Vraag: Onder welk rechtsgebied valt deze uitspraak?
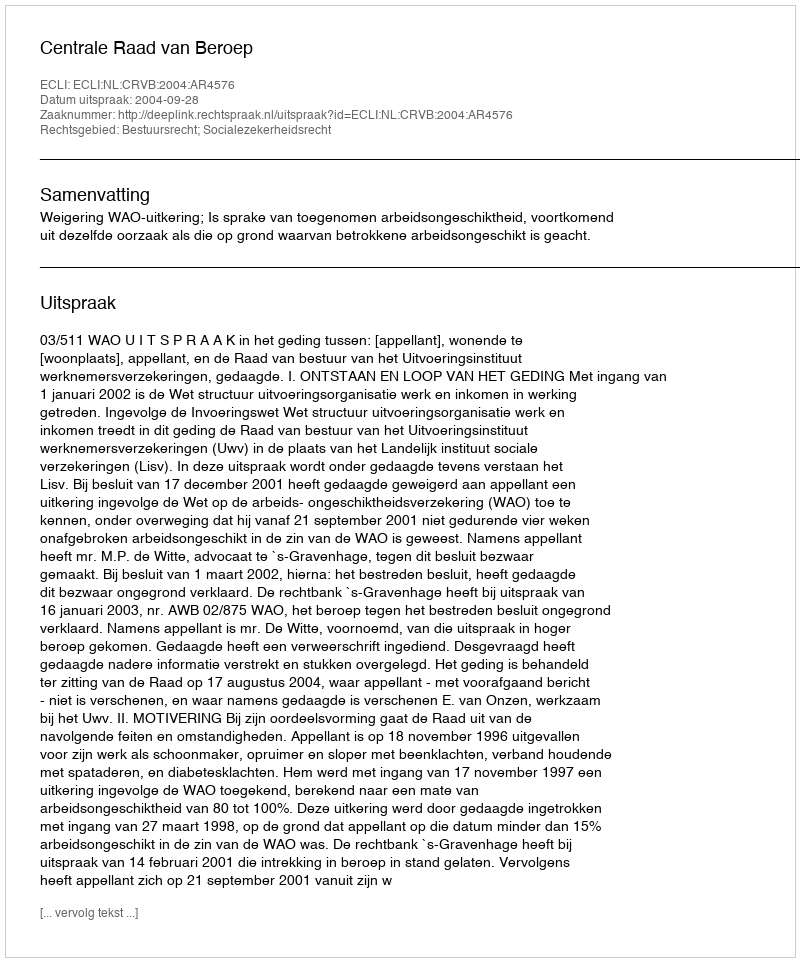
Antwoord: Bestuursrecht; Socialezekerheidsrecht